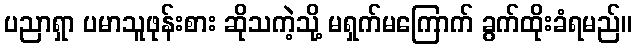
ပညာရှာ ပမာသူဖုန်းစား ဆိုသကဲ့သို့ မရှက်မကြောက် ခွက်ထိုးခံရမည်။